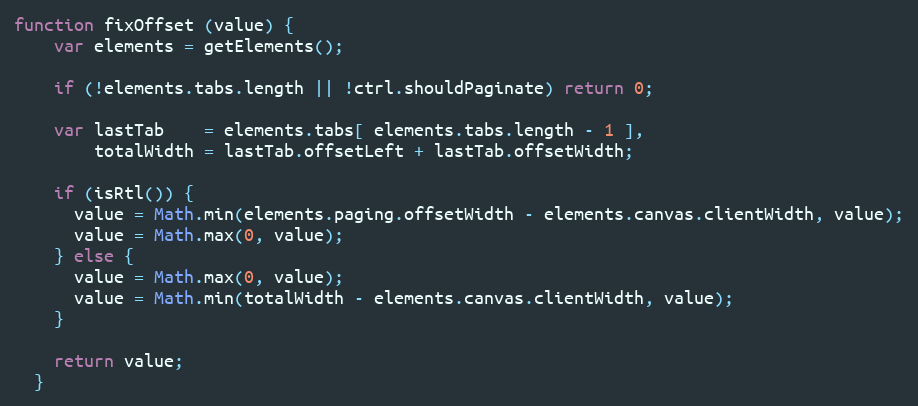
Language: JavaScript
function fixOffset (value) {
    var elements = getElements();

    if (!elements.tabs.length || !ctrl.shouldPaginate) return 0;

    var lastTab    = elements.tabs[ elements.tabs.length - 1 ],
        totalWidth = lastTab.offsetLeft + lastTab.offsetWidth;

    if (isRtl()) {
      value = Math.min(elements.paging.offsetWidth - elements.canvas.clientWidth, value);
      value = Math.max(0, value);
    } else {
      value = Math.max(0, value);
      value = Math.min(totalWidth - elements.canvas.clientWidth, value);
    }

    return value;
  }